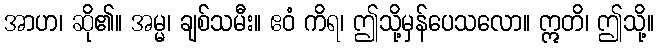
အာဟ၊ ဆို၏။ အမ္မ၊ ချစ်သမီး။ ဧဝံ ကိရ၊ ဤသို့မှန်ပေသလော။ ဣတိ၊ ဤသို့။